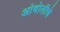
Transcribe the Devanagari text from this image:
आंबोलीचे